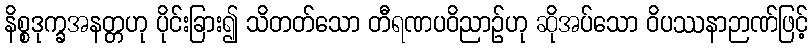
နိစ္စဒုက္ခအနတ္တဟု ပိုင်းခြား၍ သိတတ်သော တီရဏပဝိညာဉ်ဟု ဆိုအပ်သော ဝိပဿနာဉာဏ်ဖြင့်